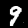
Label: 9